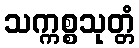
သက္ကစ္စသုတ္တံ